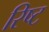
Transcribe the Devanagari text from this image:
रिष्ट